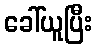
ခေါ်ယူပြီး